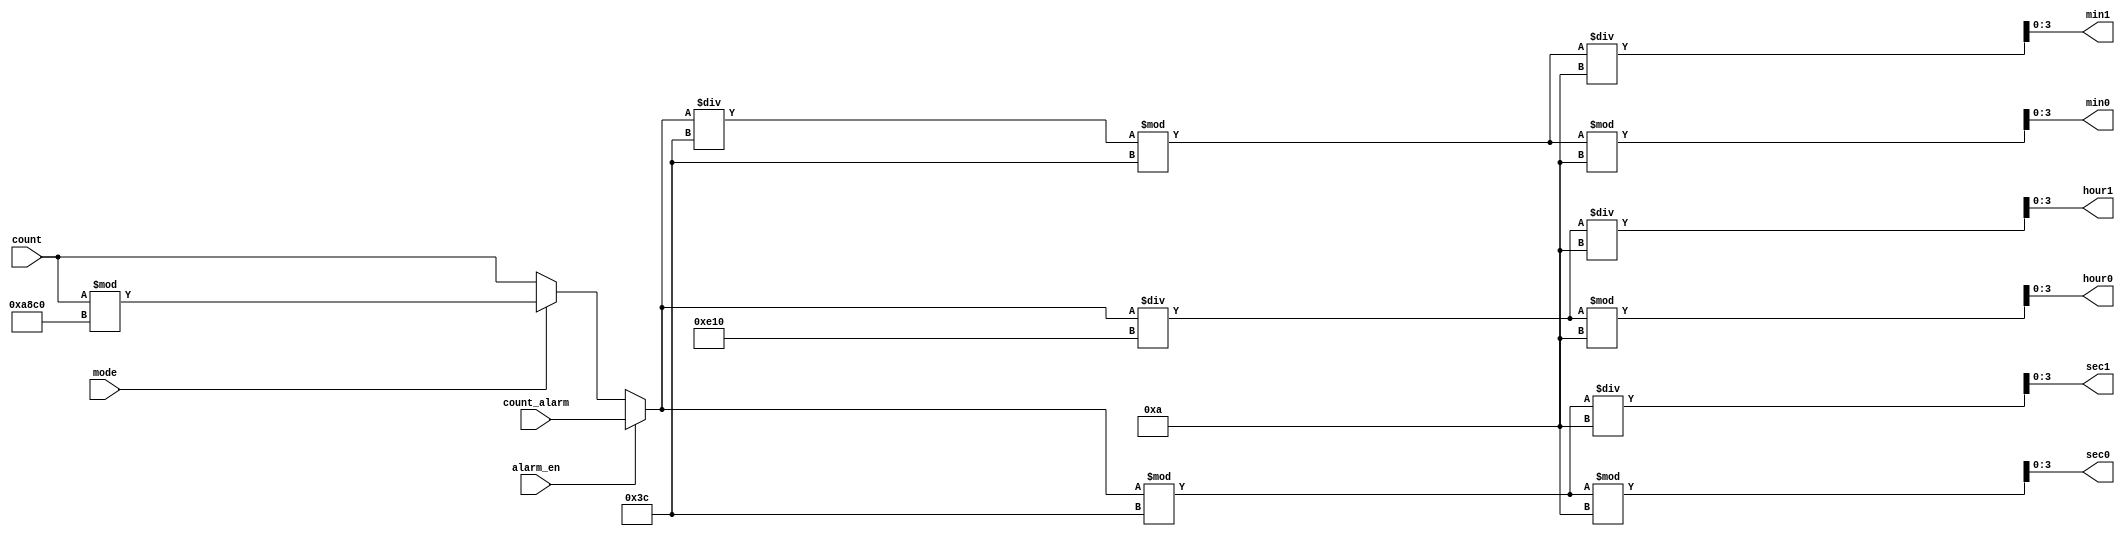
module get_current_time (count,mode,hour1,hour0,min1,min0,sec1,sec0,alarm_en,count_alarm);
    input [20:0] count;
    input [20:0] count_alarm;
    input mode;
    input alarm_en;
    output [3:0] hour1,hour0,min1,min0,sec1,sec0;
    reg [3:0] hour1,hour0,min1,min0,sec1,sec0;
    reg [20:0] count_12;//

    initial
    begin
        hour1=0;hour0=0;min1=0;min0=0;sec1=0;sec0=0;
    end
    //1212
    always @(mode,alarm_en)
    begin
        if (alarm_en==1) count_12 <= count_alarm;
        else if(mode==1) count_12 <= count %20'd43200;
        else count_12 <= count;
    end
    //
    always @(count) 
    begin
        sec0 <= count_12%60%10;
		sec1 <= count_12%60/10;
		min0 <= count_12/60%60%10;
		min1 <= count_12/60%60/10;
		hour0 <= count_12/3600%10;
		hour1 <= count_12/3600/10;
    end
endmodule